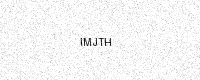
Text: IMJTH